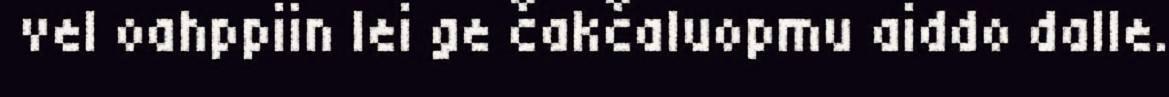
vel oahppiin lei ge čakčaluopmu aiddo dalle.